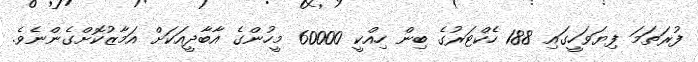
ފުރަތަމަ ފިޔަވަހީގައި 188 ހެކްޓަރުގެ ބިން ހިއްކީ 60000 މީހުންގެ އާބާދީއަކަށް އަމާޒުކޮށްގެންނެވެ.